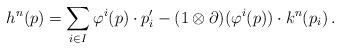
LaTeX: \begin{align*} h^n(p) = \sum_{i\in I} \varphi^i(p)\cdot p_i' - (1 \otimes \partial)(\varphi^i(p)) \cdot k^n(p_i)\,. \end{align*}